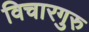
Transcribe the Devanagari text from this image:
विचारगुरु